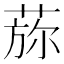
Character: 𦵖